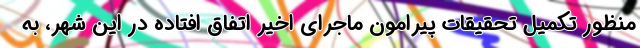
منظور تکمیل تحقیقات پیرامون ماجرای اخیر اتفاق افتاده در این شهر، به